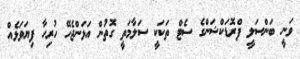
ވަނީ ބަންސަލީ ޕްރޮޑަކްޝަންގެ ސެޓް ތަކަކީ ސަލާމަތީ ގޮތުން އަޅަންޖެހޭ ހުރިހާ ފިޔަވަޅެއް